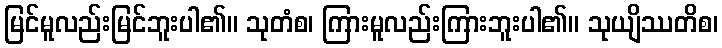
မြင်မူလည်းမြင်ဘူးပါ၏။ သုတံစ၊ ကြားမူလည်းကြားဘူးပါ၏။ သုယျိဿတိစ၊